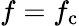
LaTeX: f=f_{\mathrm{c}}